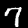
Digit: 7